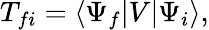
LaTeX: T_{fi}=\langle\Psi_{f}|V|\Psi_{i}\rangle,